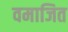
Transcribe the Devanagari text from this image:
वमाजित